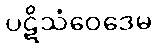
ပဋိသံဝေဒေမ